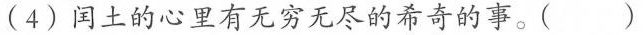
(4)闰土的心里有无穷无尽的希奇的事。( )